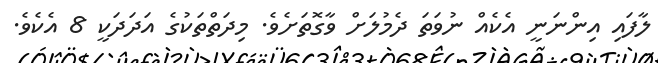
ލާފައި އިންނަނީ އެކެއް ނުވަތަ ދެމުލަށް ވާގޮތަށެވެ. މިދަތްތަކުގެ އަދަދަކީ 8 އެކެވެ.